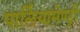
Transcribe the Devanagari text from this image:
पार्लियामेण्ट्री